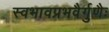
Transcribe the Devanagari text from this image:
स्वभावप्रभवैर्गुणैः